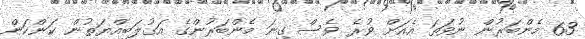
63 މެންބަރުން ނުވަތަ އެއަށް ވުރެ ވެސް ގިނަ މެންބަރުންގެ އަގުލަބިއްޔަތުން ކަންކަން